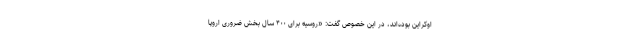
اوکراین بوده‌اند، در این خصوص گفت: «روسیه برای ۴۰۰ سال بخش ضروری اروپا